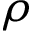
\rho